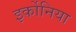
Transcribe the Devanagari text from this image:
इर्कोनिया